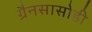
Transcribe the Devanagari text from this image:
ग्रैनसासोडी